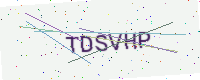
Text: TDSVHP